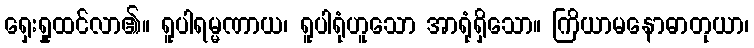
ရှေးရှုထင်လာ၏။ ရူပါရမ္မဏာယ၊ ရူပါရုံဟူသော အာရုံရှိသော။ ကြိယာမနောဓာတုယာ၊